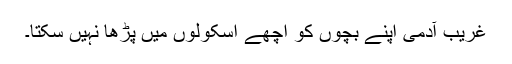
غریب آدمی اپنے بچوں کو اچھے اسکولوں میں پڑھا نہیں سکتا۔